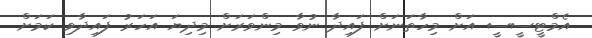
އެމްޓީސީސީ އަށް މިހާތަނަށް ފައިދާ ނުވާ މިންވަރަށް މިދިޔަ އަހަރު ފައިދާވި ކަމަށް